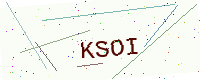
Text: KSOI